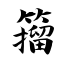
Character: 籀